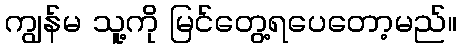
ကျွန်မ သူ့ကို မြင်တွေ့ရပေတော့မည်။